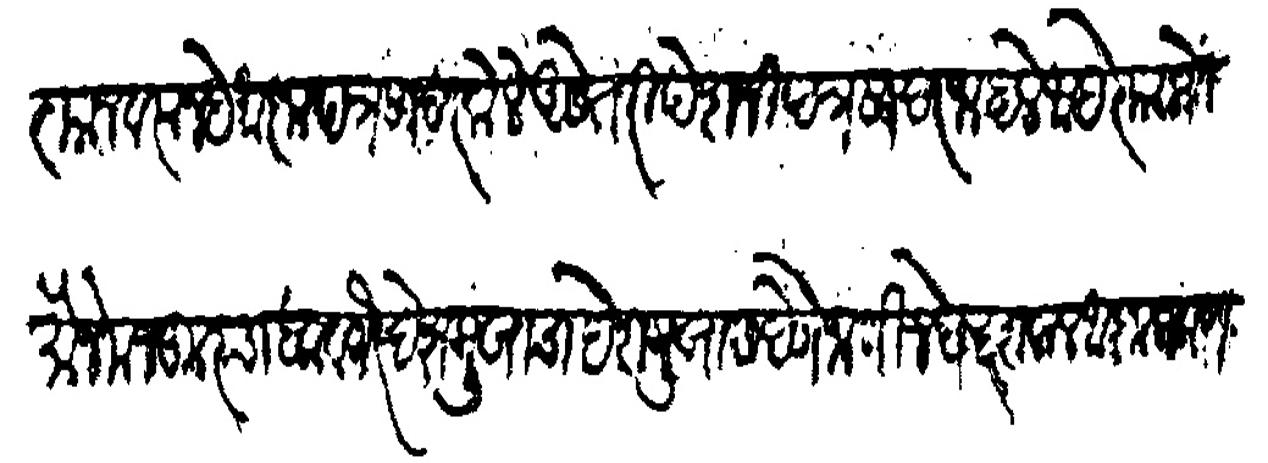
Transliteration (Devanagari): पाहिजे म्हणून त्याजवरून हे आज्ञापत्र सादर केले आहे तरी पेशजी पत्र सादर जाहले आहे त्या प्राो मौजे मजकुरचा हक वगैरे देशमुखाचा देशमुखास देणे जाणीजे छ सवाल आज्ञा प्रमाण